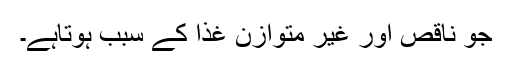
جو ناقص اور غیر متوازن غذا کے سبب ہوتاہے۔